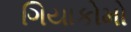
ગિયાકોમો